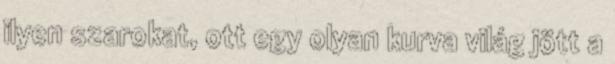
ilyen szarokat, ott egy olyan kurva világ jött a